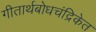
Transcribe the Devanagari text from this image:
गीतार्थबोधचंद्रिकेत